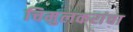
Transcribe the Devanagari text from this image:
चिमुलकरांचा